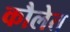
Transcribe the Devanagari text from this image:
कौलेत